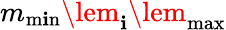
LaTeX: m_{\operatorname*{m\mathbf{i}n}}\lem_{\mathbf{i}}\lem_{\operatorname*{max}}